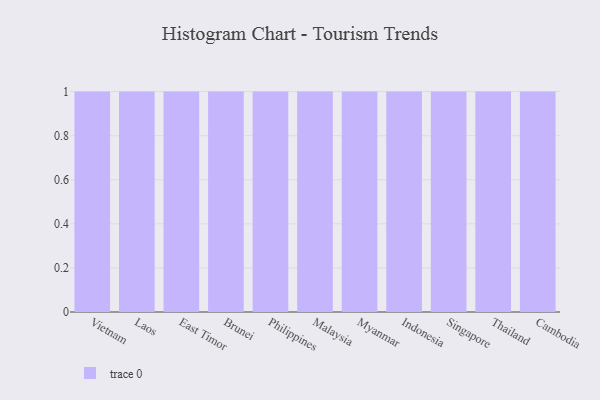
{"axis": {"x": "Country", "y": "Market Share (%)"}, "legend": [""], "data": [{"x": "Vietnam", "y": 26, "type": ""}, {"x": "Laos", "y": 89, "type": ""}, {"x": "East Timor", "y": 4, "type": ""}, {"x": "Brunei", "y": 69, "type": ""}, {"x": "Philippines", "y": 58, "type": ""}, {"x": "Malaysia", "y": 52, "type": ""}, {"x": "Myanmar", "y": 81, "type": ""}, {"x": "Indonesia", "y": 100, "type": ""}, {"x": "Singapore", "y": 14, "type": ""}, {"x": "Thailand", "y": 32, "type": ""}, {"x": "Cambodia", "y": 25, "type": ""}]}